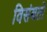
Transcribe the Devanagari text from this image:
विसंबतो